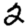
Digit: 2